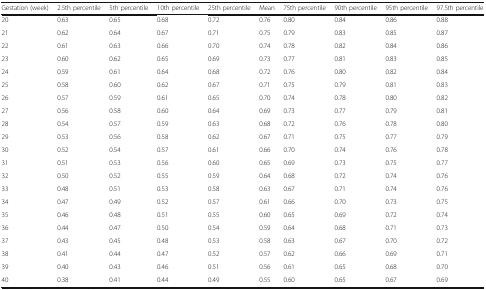
<table><thead><tr><td><b>Gestation (week)</b></td><td><b>2.5th percentile</b></td><td><b>5th percentile</b></td><td><b>10th percentile</b></td><td><b>25th percentile</b></td><td><b>Mean</b></td><td><b>75th percentile</b></td><td><b>90th percentile</b></td><td><b>95th percentile</b></td><td><b>97.5th percentile</b></td></tr></thead><tbody><tr><td>20</td><td>0.63</td><td>0.65</td><td>0.68</td><td>0.72</td><td>0.76</td><td>0.80</td><td>0.84</td><td>0.86</td><td>0.88</td></tr><tr><td>21</td><td>0.62</td><td>0.64</td><td>0.67</td><td>0.71</td><td>0.75</td><td>0.79</td><td>0.83</td><td>0.85</td><td>0.87</td></tr><tr><td>22</td><td>0.61</td><td>0.63</td><td>0.66</td><td>0.70</td><td>0.74</td><td>0.78</td><td>0.82</td><td>0.84</td><td>0.86</td></tr><tr><td>23</td><td>0.60</td><td>0.62</td><td>0.65</td><td>0.69</td><td>0.73</td><td>0.77</td><td>0.81</td><td>0.83</td><td>0.85</td></tr><tr><td>24</td><td>0.59</td><td>0.61</td><td>0.64</td><td>0.68</td><td>0.72</td><td>0.76</td><td>0.80</td><td>0.82</td><td>0.84</td></tr><tr><td>25</td><td>0.58</td><td>0.60</td><td>0.62</td><td>0.67</td><td>0.71</td><td>0.75</td><td>0.79</td><td>0.81</td><td>0.83</td></tr><tr><td>26</td><td>0.57</td><td>0.59</td><td>0.61</td><td>0.65</td><td>0.70</td><td>0.74</td><td>0.78</td><td>0.80</td><td>0.82</td></tr><tr><td>27</td><td>0.56</td><td>0.58</td><td>0.60</td><td>0.64</td><td>0.69</td><td>0.73</td><td>0.77</td><td>0.79</td><td>0.81</td></tr><tr><td>28</td><td>0.54</td><td>0.57</td><td>0.59</td><td>0.63</td><td>0.68</td><td>0.72</td><td>0.76</td><td>0.78</td><td>0.80</td></tr><tr><td>29</td><td>0.53</td><td>0.56</td><td>0.58</td><td>0.62</td><td>0.67</td><td>0.71</td><td>0.75</td><td>0.77</td><td>0.79</td></tr><tr><td>30</td><td>0.52</td><td>0.54</td><td>0.57</td><td>0.61</td><td>0.66</td><td>0.70</td><td>0.74</td><td>0.76</td><td>0.78</td></tr><tr><td>31</td><td>0.51</td><td>0.53</td><td>0.56</td><td>0.60</td><td>0.65</td><td>0.69</td><td>0.73</td><td>0.75</td><td>0.77</td></tr><tr><td>32</td><td>0.50</td><td>0.52</td><td>0.55</td><td>0.59</td><td>0.64</td><td>0.68</td><td>0.72</td><td>0.74</td><td>0.76</td></tr><tr><td>33</td><td>0.48</td><td>0.51</td><td>0.53</td><td>0.58</td><td>0.63</td><td>0.67</td><td>0.71</td><td>0.74</td><td>0.76</td></tr><tr><td>34</td><td>0.47</td><td>0.49</td><td>0.52</td><td>0.57</td><td>0.61</td><td>0.66</td><td>0.70</td><td>0.73</td><td>0.75</td></tr><tr><td>35</td><td>0.46</td><td>0.48</td><td>0.51</td><td>0.55</td><td>0.60</td><td>0.65</td><td>0.69</td><td>0.72</td><td>0.74</td></tr><tr><td>36</td><td>0.44</td><td>0.47</td><td>0.50</td><td>0.54</td><td>0.59</td><td>0.64</td><td>0.68</td><td>0.71</td><td>0.73</td></tr><tr><td>37</td><td>0.43</td><td>0.45</td><td>0.48</td><td>0.53</td><td>0.58</td><td>0.63</td><td>0.67</td><td>0.70</td><td>0.72</td></tr><tr><td>38</td><td>0.41</td><td>0.44</td><td>0.47</td><td>0.52</td><td>0.57</td><td>0.62</td><td>0.66</td><td>0.69</td><td>0.71</td></tr><tr><td>39</td><td>0.40</td><td>0.43</td><td>0.46</td><td>0.51</td><td>0.56</td><td>0.61</td><td>0.65</td><td>0.68</td><td>0.70</td></tr><tr><td>40</td><td>0.38</td><td>0.41</td><td>0.44</td><td>0.49</td><td>0.55</td><td>0.60</td><td>0.65</td><td>0.67</td><td>0.69</td></tr></tbody></table>